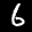
Label: 6